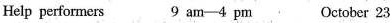
Help performers 9 am-4 pm October 23